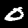
Label: 0